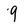
Character: 9